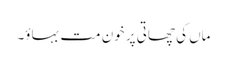
ماں کی چھاتی پر خون مت بہاؤ۔